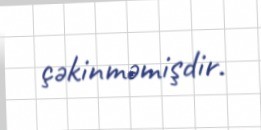
çəkinməmişdir.